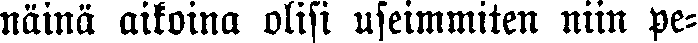
näinä aikoina olisi useimmiten niin pe-